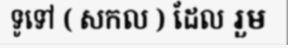
ទូទៅ ( សកល ) ដែល រួម